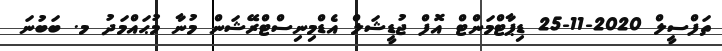
ތަފްސީލް 2020-11-25 ޑިޕާޓްމަންޓް އޮފް ޖުޑީޝަލް އެޑްމިނިސްޓްރޭޝަން މުނާ މުޙައްމަދު މ. ބަބުނަ